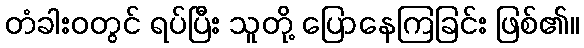
တံခါးဝတွင် ရပ်ပြီး သူတို့ ပြောနေကြခြင်း ဖြစ်၏။